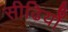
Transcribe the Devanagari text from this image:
सीढियोँ